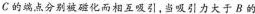
C的端点分别被磁化而相互吸引，当吸引力大于B的